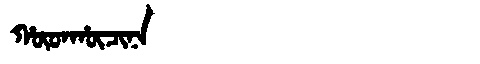
Manchu: ᡥᡡᡨᡥᡡᠴᡳᠨᠠ
Romanization: HŪTHŪCINA